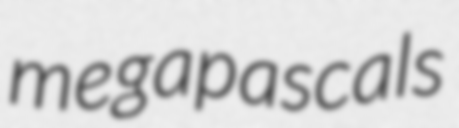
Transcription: megapascals